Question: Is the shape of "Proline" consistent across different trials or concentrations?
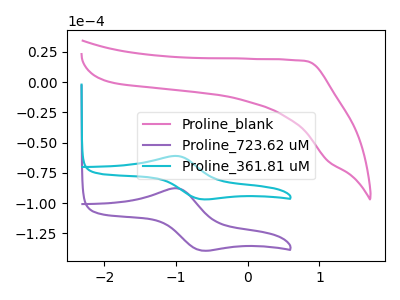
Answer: <think>The pink curve "Proline_blank" has no peaks. The purple curve "Proline_723.62 uM" has an anodic peak at (-1.00V, -87.80uA) and a cathodic peak at (-0.65V, -139.15uA). The cyan curve "Proline_361.81 uM" has an anodic peak at (-1.00V, -61.05uA) and a cathodic peak at (-0.65V, -96.75uA).
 "Proline_blank" and "Proline_723.62 uM" have a different number of peaks. "Proline_blank" and "Proline_361.81 uM" have a different number of peaks. All the peaks in "Proline_723.62 uM" have a peak in "Proline_361.81 uM" at the same potential.</think>
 <answer>All the CV's of "Proline" have similar shape.</answer>
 <eval>follow_rule</eval>